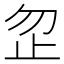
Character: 𪴵